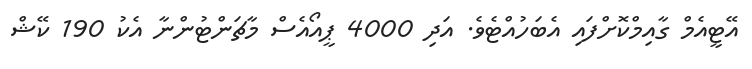
އޭޓީއެމް ގާއިމްކޮށްފައި އެބަހުއްޓެވެ. އަދި 4000 ޕީއޯއެސް މާޗަންޓުންނާ އެކު 190 ކޭޝް